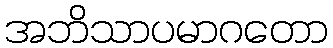
အဘိသာပမာဂတော